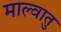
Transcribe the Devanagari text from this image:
माल्वातु